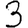
Digit: 3